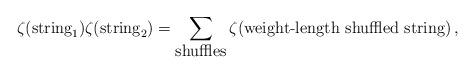
LaTeX: \begin{align*}\zeta(\mbox{string}_1)\zeta(\mbox{string}_2)=\sum_{\mbox{shuffles}}\zeta(\mbox{weight-length shuffled string})\,,\end{align*}